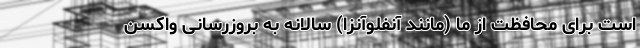
است برای محافظت از ما (مانند آنفلوآنزا) سالانه به بروزرسانی واکسن